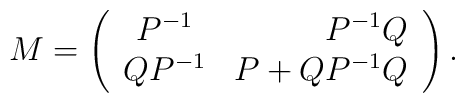
M=\left(\begin{array}{crc}P^{-1}&P^{-1}Q\\QP^{-1}&P+QP^{-1}Q\\\end{array}\right).